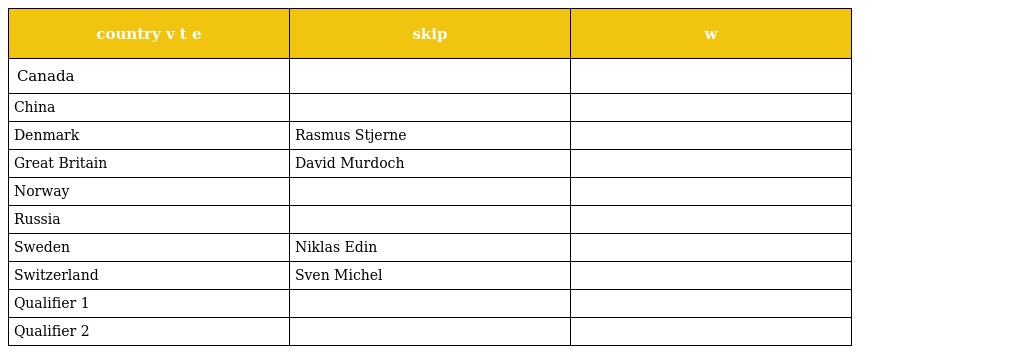
| country v t e | skip | w |
 | --- | --- | --- |
 | Canada |  |  |
 | China |  |  |
 | Denmark | Rasmus Stjerne |  |
 | Great Britain | David Murdoch |  |
 | Norway |  |  |
 | Russia |  |  |
 | Sweden | Niklas Edin |  |
 | Switzerland | Sven Michel |  |
 | Qualifier 1 |  |  |
 | Qualifier 2 |  |  |